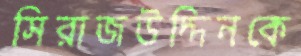
সিরাজউদ্দিনকে